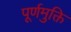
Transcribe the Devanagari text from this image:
पूर्णमुक्ति